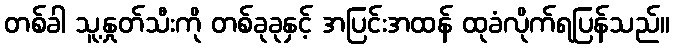
တစ်ခါ သူ့နှုတ်သီးကို တစ်ခုခုနှင့် အပြင်းအထန် ထုခံလိုက်ရပြန်သည်။